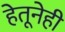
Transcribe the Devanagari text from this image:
हेतूनेही